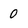
Character: 0